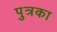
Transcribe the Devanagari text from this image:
पुत्रका